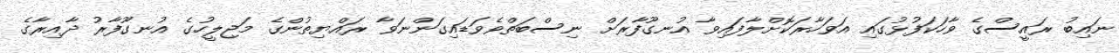
ނައިބު ރައީސްގެ ވާހަކަފުޅުގައި އަވަހާރަކޮށްލާފައިވާ އުނގޫފާރަށް ނިސްބަތްވެވަޑައިގަންނަވާ ރައްޔިތުންގެ މަޖިލީހުގެ އުނގޫފާރު ދާއިރާގެ